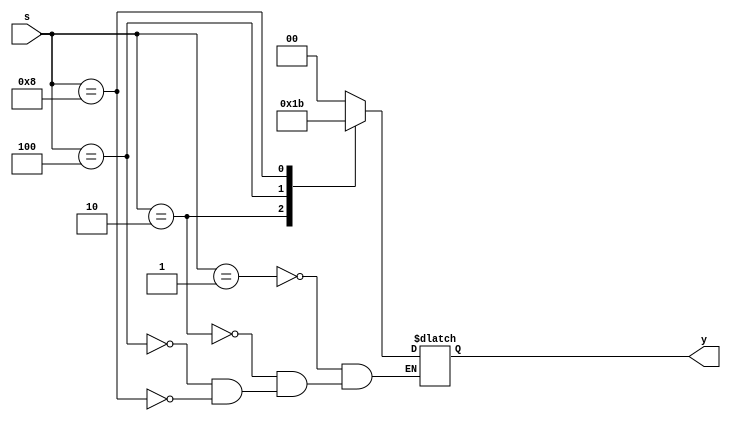
`timescale 1ns / 1ps
//////////////////////////////////////////////////////////////////////////////////
// Company: 
// Engineer: 
// 
// Design Name: 
// Module Name: Encoder4x2
// Project Name: 
// Target Devices: 
// Tool Versions: 
// Description: 
// 
// Dependencies: 
// 
// Revision:
// Revision 0.01 - File Created
// Additional Comments:
// 
//////////////////////////////////////////////////////////////////////////////////


module Encoder4x2(output reg [1:0]y,input [3:0]s);

always @(*)
begin
case(s)
4'b0001:y = 2'b00;
4'b0010:y = 2'b01;
4'b0100:y = 2'b10;
4'b1000:y = 2'b11;
endcase
end
endmodule